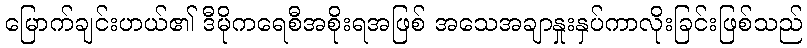
မြောက်ချင်းဟယ်၏ ဒီမိုကရေစီအစိုးရအဖြစ် အသေအချာနှုးနှပ်ကာလိုးခြင်းဖြစ်သည်